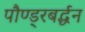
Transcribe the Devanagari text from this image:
पौण्ड्रबर्द्धन